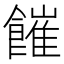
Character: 𩞅